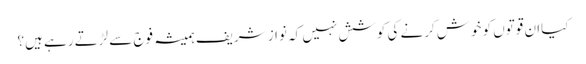
کیاان قوتوں کو خوش کرنے کی کوشش نہیں کہ نواز شریف ہمیشہ فوج سے لڑتے رہے ہیں؟